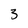
Character: 3